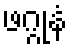
ဖဂ္ဂုနံ